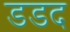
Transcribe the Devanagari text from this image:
डडद